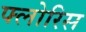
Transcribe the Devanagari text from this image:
फ्लोरिस